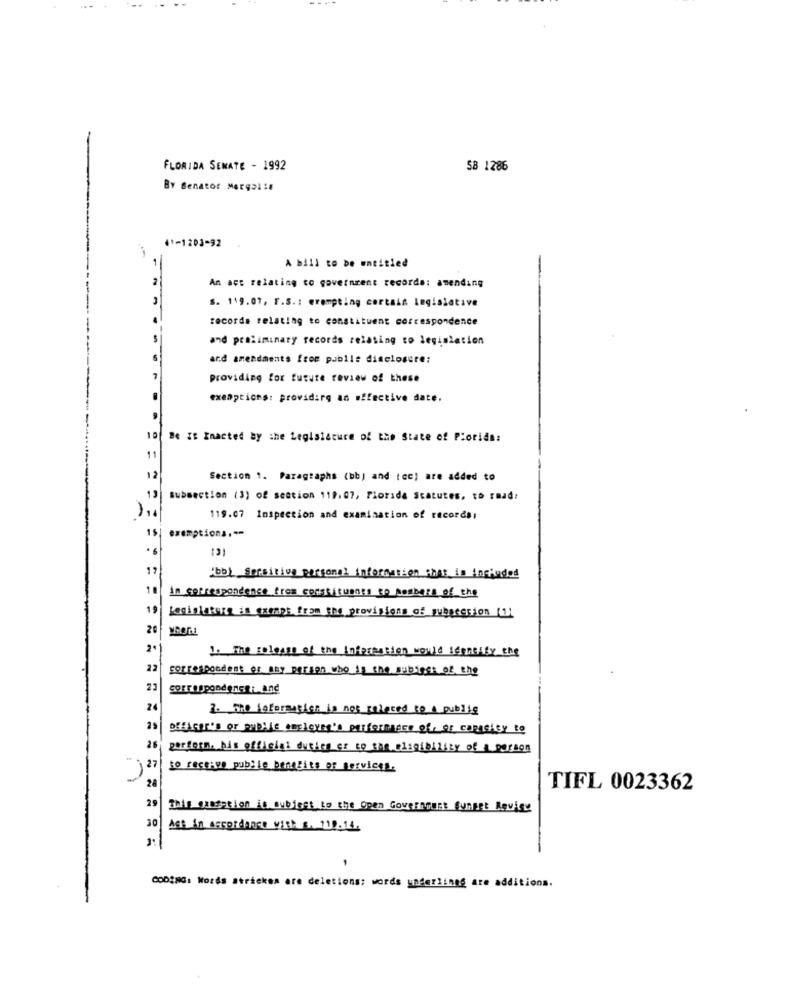
FLORIDA SEMATE - 1992
58 1286
41-1203-92
A bill to be entitled
An act relating to government records: amending
S. 119.07, F.S .: erempting certain legislative
records relating to constituent correspondence
and preliminary records relating to legislation
ard amendments from publle disclosure:
providing for future review of these
exemptions: providing an effective date.
10| Be IS Enacted By the Legislature of the State of Piorids:
Section 1. Paragraphs (bb) and (cc) are added to
13
subsection (3) of section 119.07, Florida Statutes, to road:
119.07 Inspection and examination of records,
15| exemptions .--
17
ibb] Sprsitive personal information that is Included
in correspondence from constituents to posbers of the
19
Loginintere in exempt from the provisions of_subacerion (1)
2.1
1. The release of the Information would identity the
22
correspondent of any person who is the subings of the
24
2. The foforangich is not colored to A public
DEEAGER's OF public employee's performance of, OF capacity to
26
perform. his official duRics er to THE ELIGIbility of a person
j 27
to receive publie benefits of services.
28
TIFL 0023362
29
This oxidation is subject to the Open Government Sunset Revise
30
Ast in accordance with s. 119.14.
CODING: Words stricken are deletions: words underlined are additions.